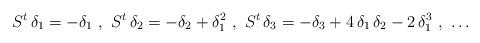
LaTeX: \begin{align*}S^t \, \delta_1 = -\delta_1 \ , \ S^t \, \delta_2 = -\delta_2 + \delta_1^2 \ , \ S^t \, \delta_3 = -\delta_3 + 4 \, \delta_1 \, \delta_2 - 2 \, \delta_1^3 \ , \ \ldots \end{align*}